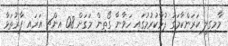
މާމިގިލީ ކަރަންކާމަގު ފުޅާކުރުމުގައި ހަވާނާ ގޯތިން މަގަށް 08 އިންޗި އަރައި ފާރުތަޅާ